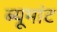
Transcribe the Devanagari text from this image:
ब्यूमांट